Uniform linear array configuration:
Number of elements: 48
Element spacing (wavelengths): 0.75
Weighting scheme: hann
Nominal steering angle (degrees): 45
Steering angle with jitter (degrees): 46.384
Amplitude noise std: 0.05
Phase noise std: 0.05

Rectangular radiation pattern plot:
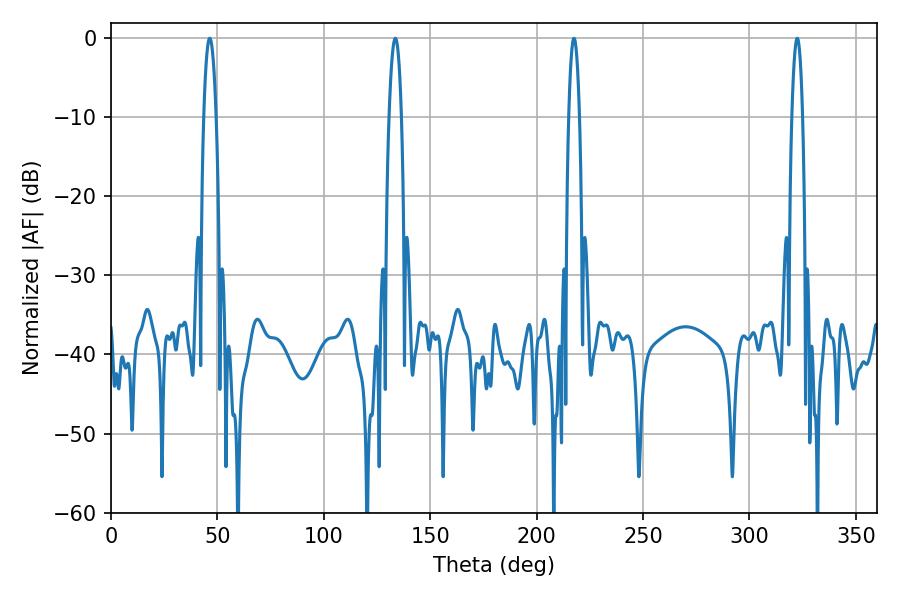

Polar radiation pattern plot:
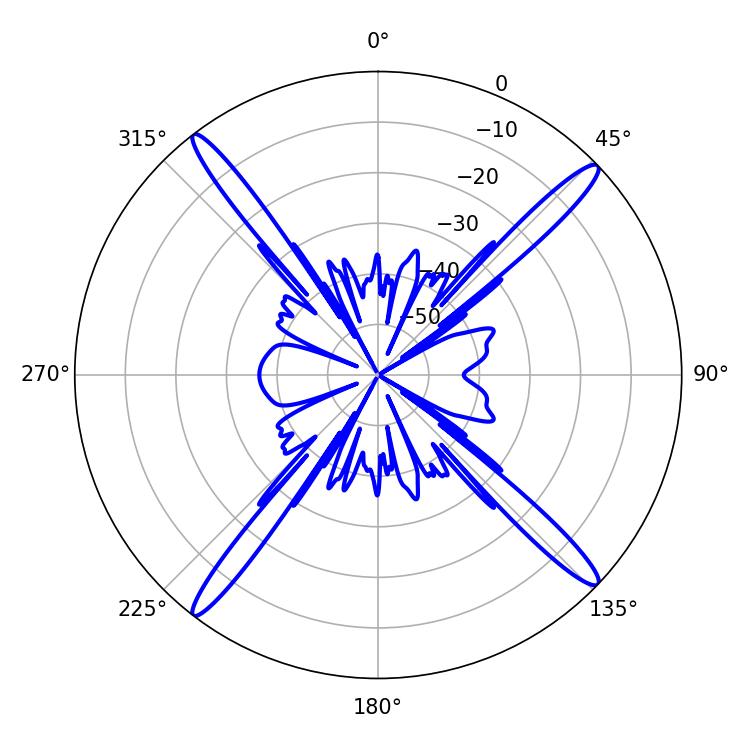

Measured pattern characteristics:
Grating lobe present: TRUE
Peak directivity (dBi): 19.259
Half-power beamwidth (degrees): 3.24
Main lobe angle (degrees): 133.56